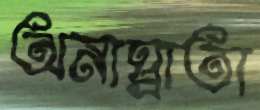
অনাঘ্রাতা